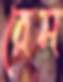
রেম